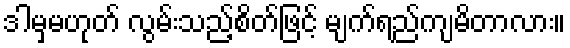
ဒါမှမဟုတ် လွမ်းသည့်စိတ်ဖြင့် မျက်ရည်ကျမိတာလား။